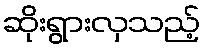
ဆိုးရွားလှသည့်